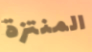
المنتزة